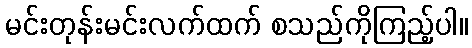
မင်းတုန်းမင်းလက်ထက် စသည်ကိုကြည့်ပါ။